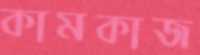
কামকাজ